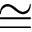
\cong